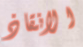
الانقاذ